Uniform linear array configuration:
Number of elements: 64
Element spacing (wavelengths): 0.25
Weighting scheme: hamming
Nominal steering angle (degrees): -45
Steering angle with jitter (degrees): -46.777
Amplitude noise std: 0.05
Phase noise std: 0.05

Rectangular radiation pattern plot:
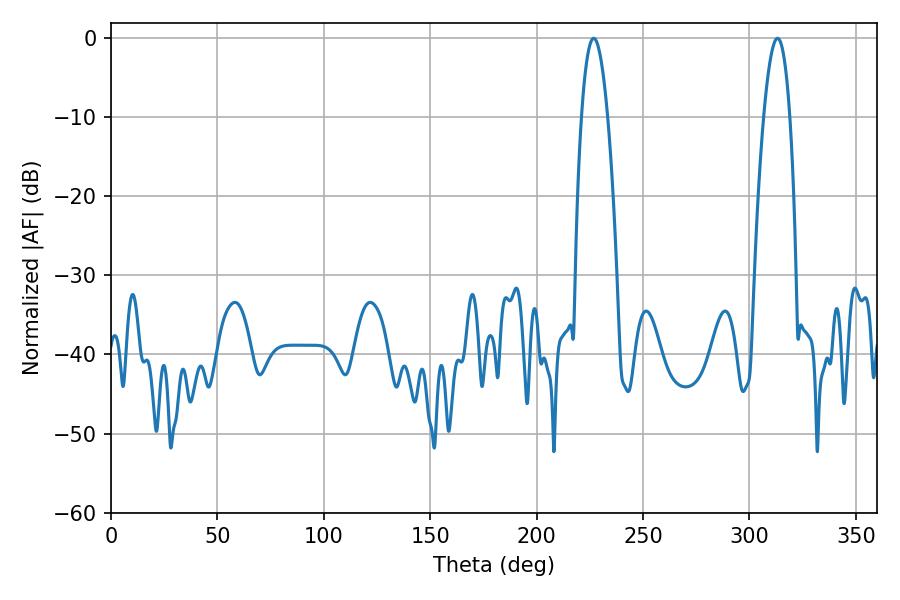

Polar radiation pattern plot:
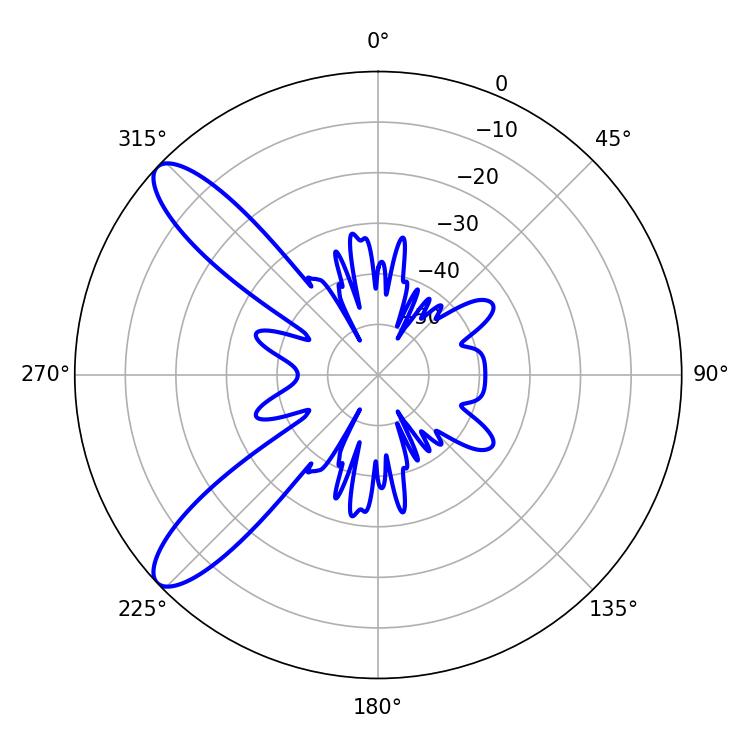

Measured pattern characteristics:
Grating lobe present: FALSE
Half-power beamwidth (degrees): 6.84
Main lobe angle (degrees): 226.8